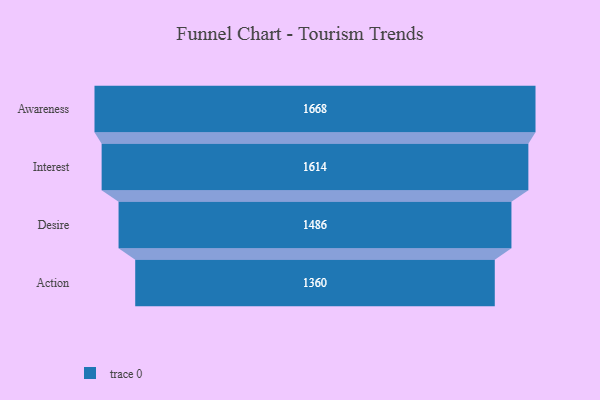
{"axis": {"x": "Stage", "y": "Value"}, "legend": [""], "data": [{"x": "Awareness", "y": 1668.0, "type": ""}, {"x": "Interest", "y": 1614.0, "type": ""}, {"x": "Desire", "y": 1486.0, "type": ""}, {"x": "Action", "y": 1360.0, "type": ""}]}